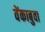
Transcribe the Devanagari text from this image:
वेंकाबुवा